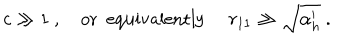
c \gg 1 \ , \mathrm { o r \ \ e q u i v a l e n t l y } \ r _ { 1 1 } \gg \sqrt { \alpha _ { h } ^ { \prime } } \ .